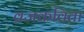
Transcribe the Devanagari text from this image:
व्रजकविता